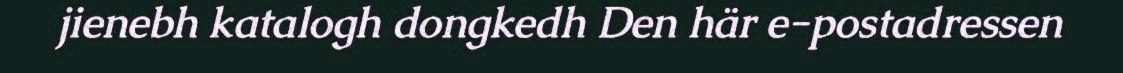
jienebh katalogh dongkedh Den här e-postadressen